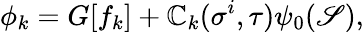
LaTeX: \phi_{k}=G[f_{k}]+\mathbb{C}_{k}(\sigma^{i},\tau)\psi_{0}(\mathscr{S}),